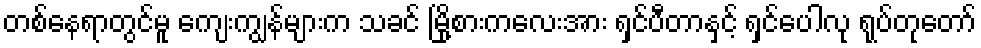
တစ်နေရာတွင်မူ ကျေးကျွန်များက သခင် မြို့စားကလေးအား ရှင်ပီတာနှင့် ရှင်ပေါလု ရုပ်တုတော်